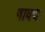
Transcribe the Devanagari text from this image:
षाक्य